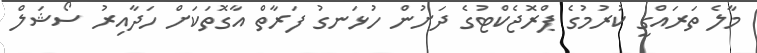
މާލެ ތަރައްގީ ކުރުމުގެ ޕްރޮޖެކްޓުގެ ދަށުން ހުޅަނގު ފަރާތް އާގޮތަކަށް ހަދާއިރު ސޯޝަލް